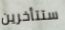
ستتأخرين